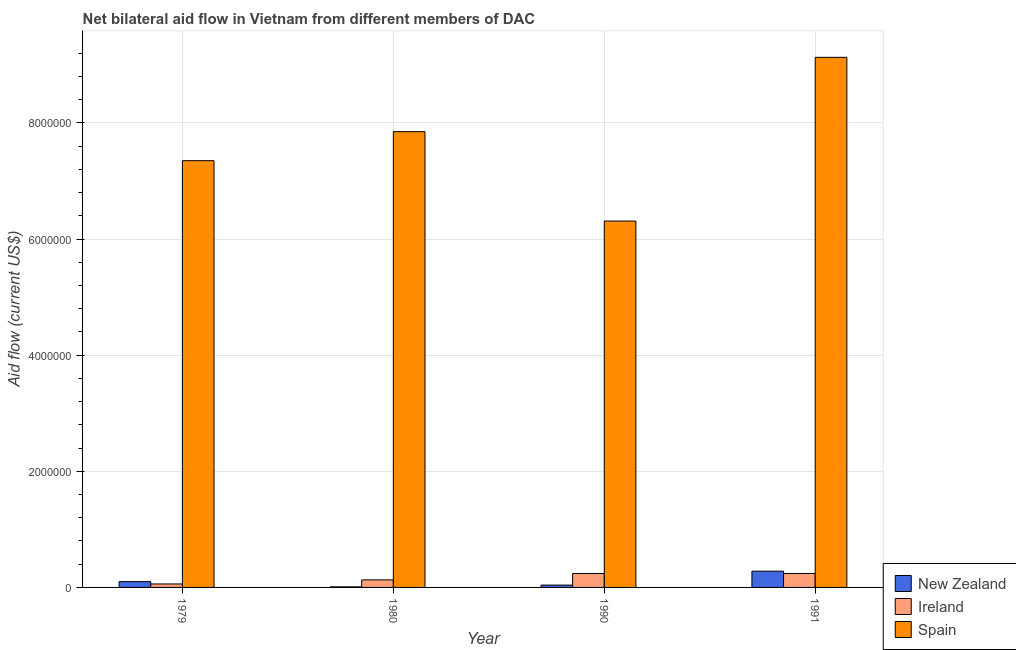
| Year | New Zealand | Ireland | Spain |
 | --- | --- | --- | --- |
 | 1979 | 1e+05 | 6e+04 | 7.35e+06 |
 | 1980 | 1e+04 | 1.3e+05 | 7.85e+06 |
 | 1990 | 4e+04 | 2.4e+05 | 6.31e+06 |
 | 1991 | 2.8e+05 | 2.4e+05 | 9.13e+06 |